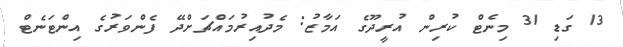
13 ގަޑި 31 މިނެޓް ކުރިން އުރީދޫގެ އަމާޒު: މެދުއިރުމައްޗަށްދޭ ފެންވަރުގެ އިންޓަނެޓް